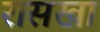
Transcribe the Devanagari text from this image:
रासखा